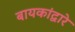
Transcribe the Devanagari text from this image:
बायकांद्वारे